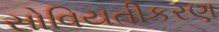
સોવિયતીકરણ